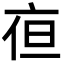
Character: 亱